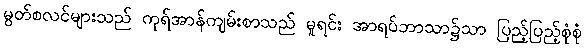
မွတ်စလင်များသည် ကုရ်အာန်ကျမ်းစာသည် မူရင်း အာရပ်ဘာသာ၌သာ ပြည့်ပြည့်စုံစုံ